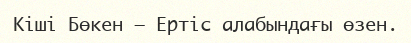
Кіші Бөкен – Ертіс алабындағы өзен.